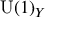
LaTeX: \mathrm { U } ( 1 ) _ { Y }